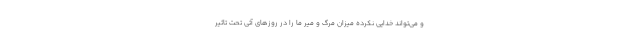
و می‌تواند خدایی نکرده میزان مرگ و میر ما را در روزهای آتی تحت تاثیر